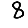
Digit: 8